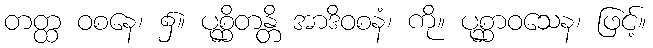
တတ္ထ ဝစနေ၊ ၌။ ပုစ္ဆိတန္တိ အာဒိဝစနံ၊ ကို။ ပုစ္ဆာဝသေန၊ ဖြင့်။